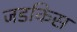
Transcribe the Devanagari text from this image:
जडकिस